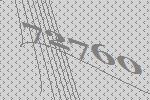
72760